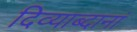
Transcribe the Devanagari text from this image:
दिव्याब्दानां